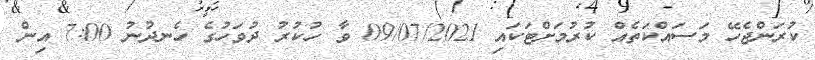
ކުރަންޖެހޭ މަސައްކަތެއް ކުރުމަށްޓަކައި 09/07/2021 ވާ ހުކުރު ދުވަހުގެ ހެނދުނު 7:00 އިން